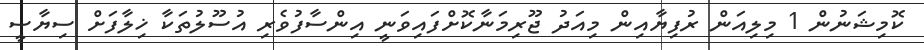
ކޮމިޝަނުން 1 މިލިއަން ރުފިޔާއިން މިއަދު ޖޫރިމަނާކޮށްފައިވަނީ އިންސާފުވެރި އުސޫލުތަކާ ޚިލާފަށް ސިޔާސީ